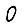
Digit: 0